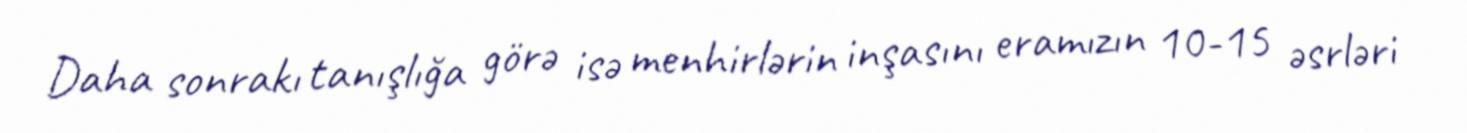
Daha sonrakı tanışlığa görə isə menhirlərin inşasını eramızın 10-15 əsrləri